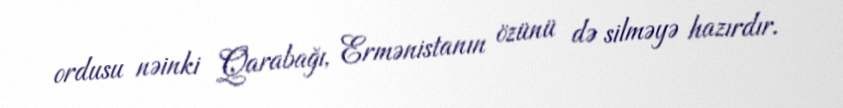
ordusu nəinki Qarabağı, Ermənistanın özünü də silməyə hazırdır.